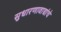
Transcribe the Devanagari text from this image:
सुधारणावाद्यांचे